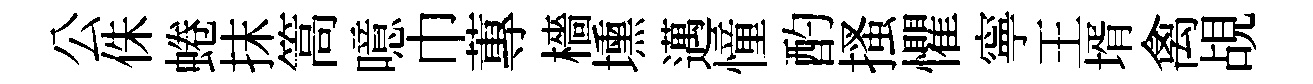
公侏蜷抹篙噫巾蓴檣壎邁憧酌搔懼寧王壻禽覘